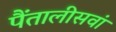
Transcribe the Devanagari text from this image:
पैंतालीसवां